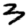
Digit: 3